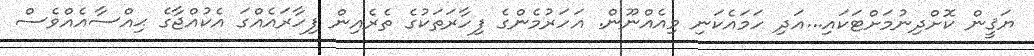
ޔަޤީން ކޮށްދިނުމަށްޓަކައި...އަދި ހަމައެކަނި މިއެއްނޫން. އަހަރުމެންގެ ފިހާރަތަކުގެ ތެރެއިން ފިހާރައެއްގަ އެކުއްޖާގެ ޙިއްސާއެއްވެސް